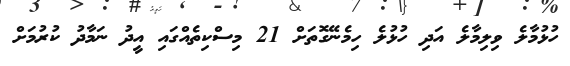
ހުޅުމާލެ ވިލިމާލެ އަދި ހުޅުލެ ހިމެނޭގޮތަށް 21 މިސްކިތެއްގައި އީދު ނަމާދު ކުރުމަށް